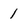
Character: 1